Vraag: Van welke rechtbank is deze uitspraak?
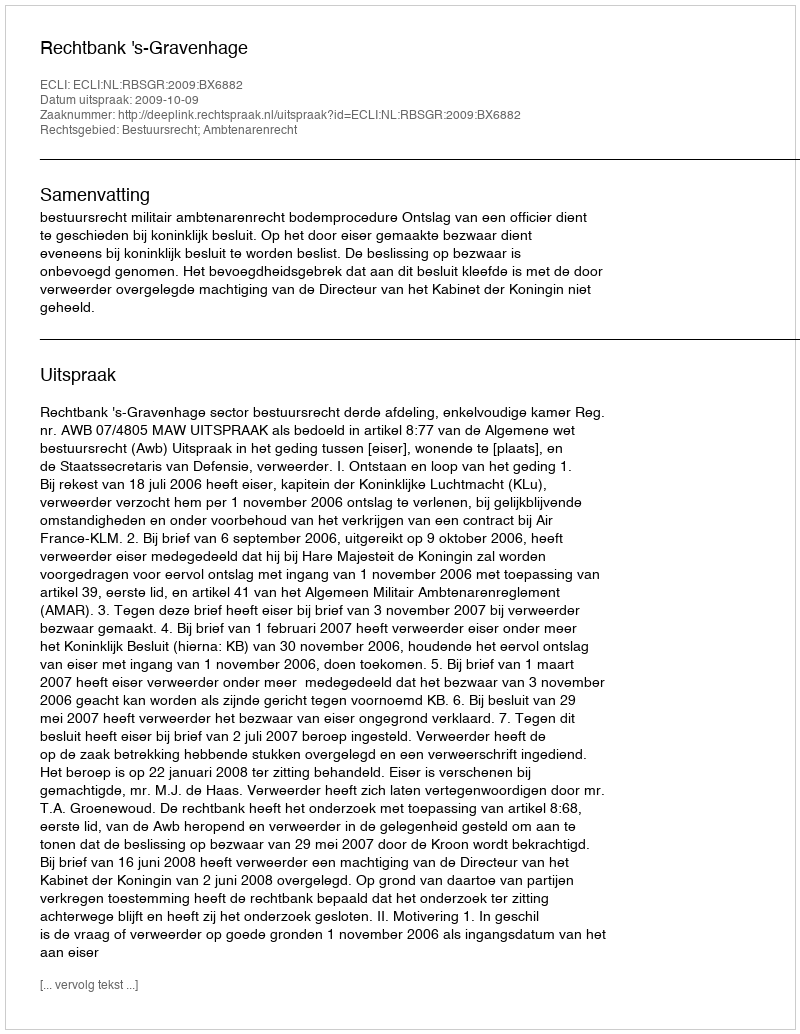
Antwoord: Rechtbank 's-Gravenhage